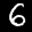
Label: 6